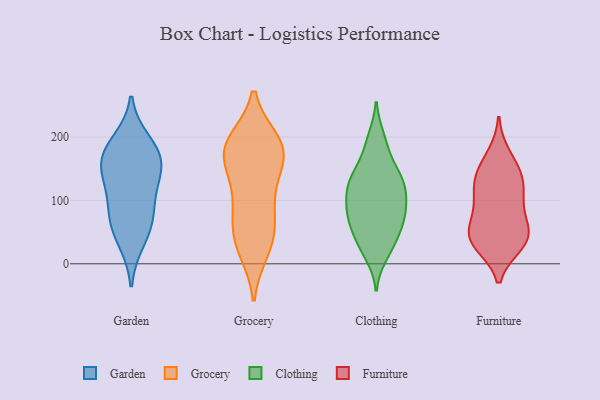
{"axis": {"x": "Production Output", "y": "Value"}, "legend": ["Clothing", "Furniture", "Garden", "Grocery"], "data": [{"x": "", "y": 36, "type": "Garden"}, {"x": "", "y": 175, "type": "Garden"}, {"x": "", "y": 94, "type": "Garden"}, {"x": "", "y": 63, "type": "Garden"}, {"x": "", "y": 133, "type": "Garden"}, {"x": "", "y": 192, "type": "Garden"}, {"x": "", "y": 137, "type": "Garden"}, {"x": "", "y": 73, "type": "Garden"}, {"x": "", "y": 162, "type": "Garden"}, {"x": "", "y": 168, "type": "Garden"}, {"x": "", "y": 108, "type": "Grocery"}, {"x": "", "y": 103, "type": "Grocery"}, {"x": "", "y": 187, "type": "Grocery"}, {"x": "", "y": 21, "type": "Grocery"}, {"x": "", "y": 40, "type": "Grocery"}, {"x": "", "y": 146, "type": "Grocery"}, {"x": "", "y": 168, "type": "Grocery"}, {"x": "", "y": 165, "type": "Grocery"}, {"x": "", "y": 192, "type": "Grocery"}, {"x": "", "y": 194, "type": "Grocery"}, {"x": "", "y": 156, "type": "Grocery"}, {"x": "", "y": 51, "type": "Grocery"}, {"x": "", "y": 194, "type": "Grocery"}, {"x": "", "y": 20, "type": "Grocery"}, {"x": "", "y": 65, "type": "Grocery"}, {"x": "", "y": 79, "type": "Grocery"}, {"x": "", "y": 183, "type": "Grocery"}, {"x": "", "y": 132, "type": "Clothing"}, {"x": "", "y": 68, "type": "Clothing"}, {"x": "", "y": 13, "type": "Clothing"}, {"x": "", "y": 143, "type": "Clothing"}, {"x": "", "y": 27, "type": "Clothing"}, {"x": "", "y": 129, "type": "Clothing"}, {"x": "", "y": 73, "type": "Clothing"}, {"x": "", "y": 102, "type": "Clothing"}, {"x": "", "y": 47, "type": "Clothing"}, {"x": "", "y": 113, "type": "Clothing"}, {"x": "", "y": 131, "type": "Clothing"}, {"x": "", "y": 200, "type": "Clothing"}, {"x": "", "y": 73, "type": "Clothing"}, {"x": "", "y": 157, "type": "Clothing"}, {"x": "", "y": 34, "type": "Clothing"}, {"x": "", "y": 70, "type": "Clothing"}, {"x": "", "y": 187, "type": "Clothing"}, {"x": "", "y": 106, "type": "Clothing"}, {"x": "", "y": 91, "type": "Clothing"}, {"x": "", "y": 171, "type": "Furniture"}, {"x": "", "y": 150, "type": "Furniture"}, {"x": "", "y": 42, "type": "Furniture"}, {"x": "", "y": 101, "type": "Furniture"}, {"x": "", "y": 52, "type": "Furniture"}, {"x": "", "y": 135, "type": "Furniture"}, {"x": "", "y": 34, "type": "Furniture"}, {"x": "", "y": 48, "type": "Furniture"}, {"x": "", "y": 135, "type": "Furniture"}, {"x": "", "y": 36, "type": "Furniture"}, {"x": "", "y": 121, "type": "Furniture"}, {"x": "", "y": 98, "type": "Furniture"}, {"x": "", "y": 73, "type": "Furniture"}, {"x": "", "y": 31, "type": "Furniture"}]}